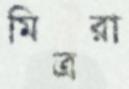
মিত্ররা